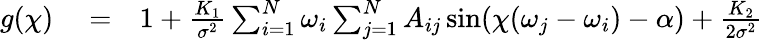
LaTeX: \begin{array}{rlr}{g(\chi)}&{{}=}&{1+\frac{K_{1}}{\sigma^{2}}\sum_{i=1}^{N}\omega_{i}\sum_{j=1}^{N}A_{ij}\sin(\chi(\omega_{j}-\omega_{i})-\alpha)+\frac{K_{2}}{2\sigma^{2}}}\end{array}